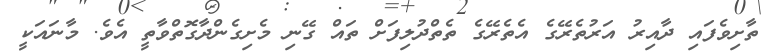
ތާށިވެފައި ދާއިރު އަރުތެރޭގެ އެތެރޭގެ ތެތްދުލިފަށް ތައް ގޭނި މެށިގެންދާގޮތްވާތީ އެވެ. މާނައަކީ